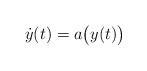
LaTeX: \begin{align*}\dot y(t)=a\big(y(t)\big)\end{align*}